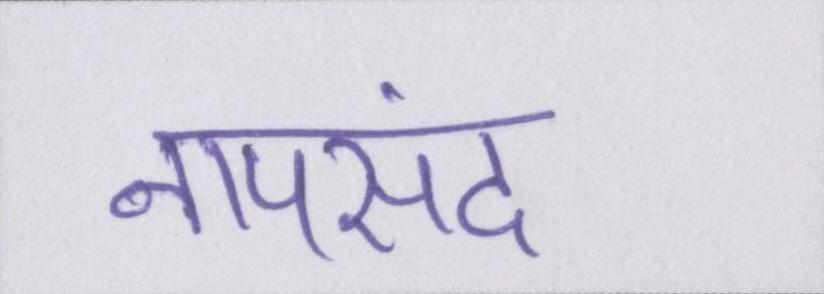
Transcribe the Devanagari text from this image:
नापसंद